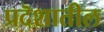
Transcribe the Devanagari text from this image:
प्रदॆशातील